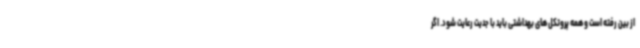
از بین رفته است و همه پروتکل های بهداشتی باید با جدیت رعایت شود. اگر